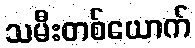
သမီးတစ်ယောက်